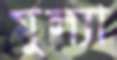
মুল্যা